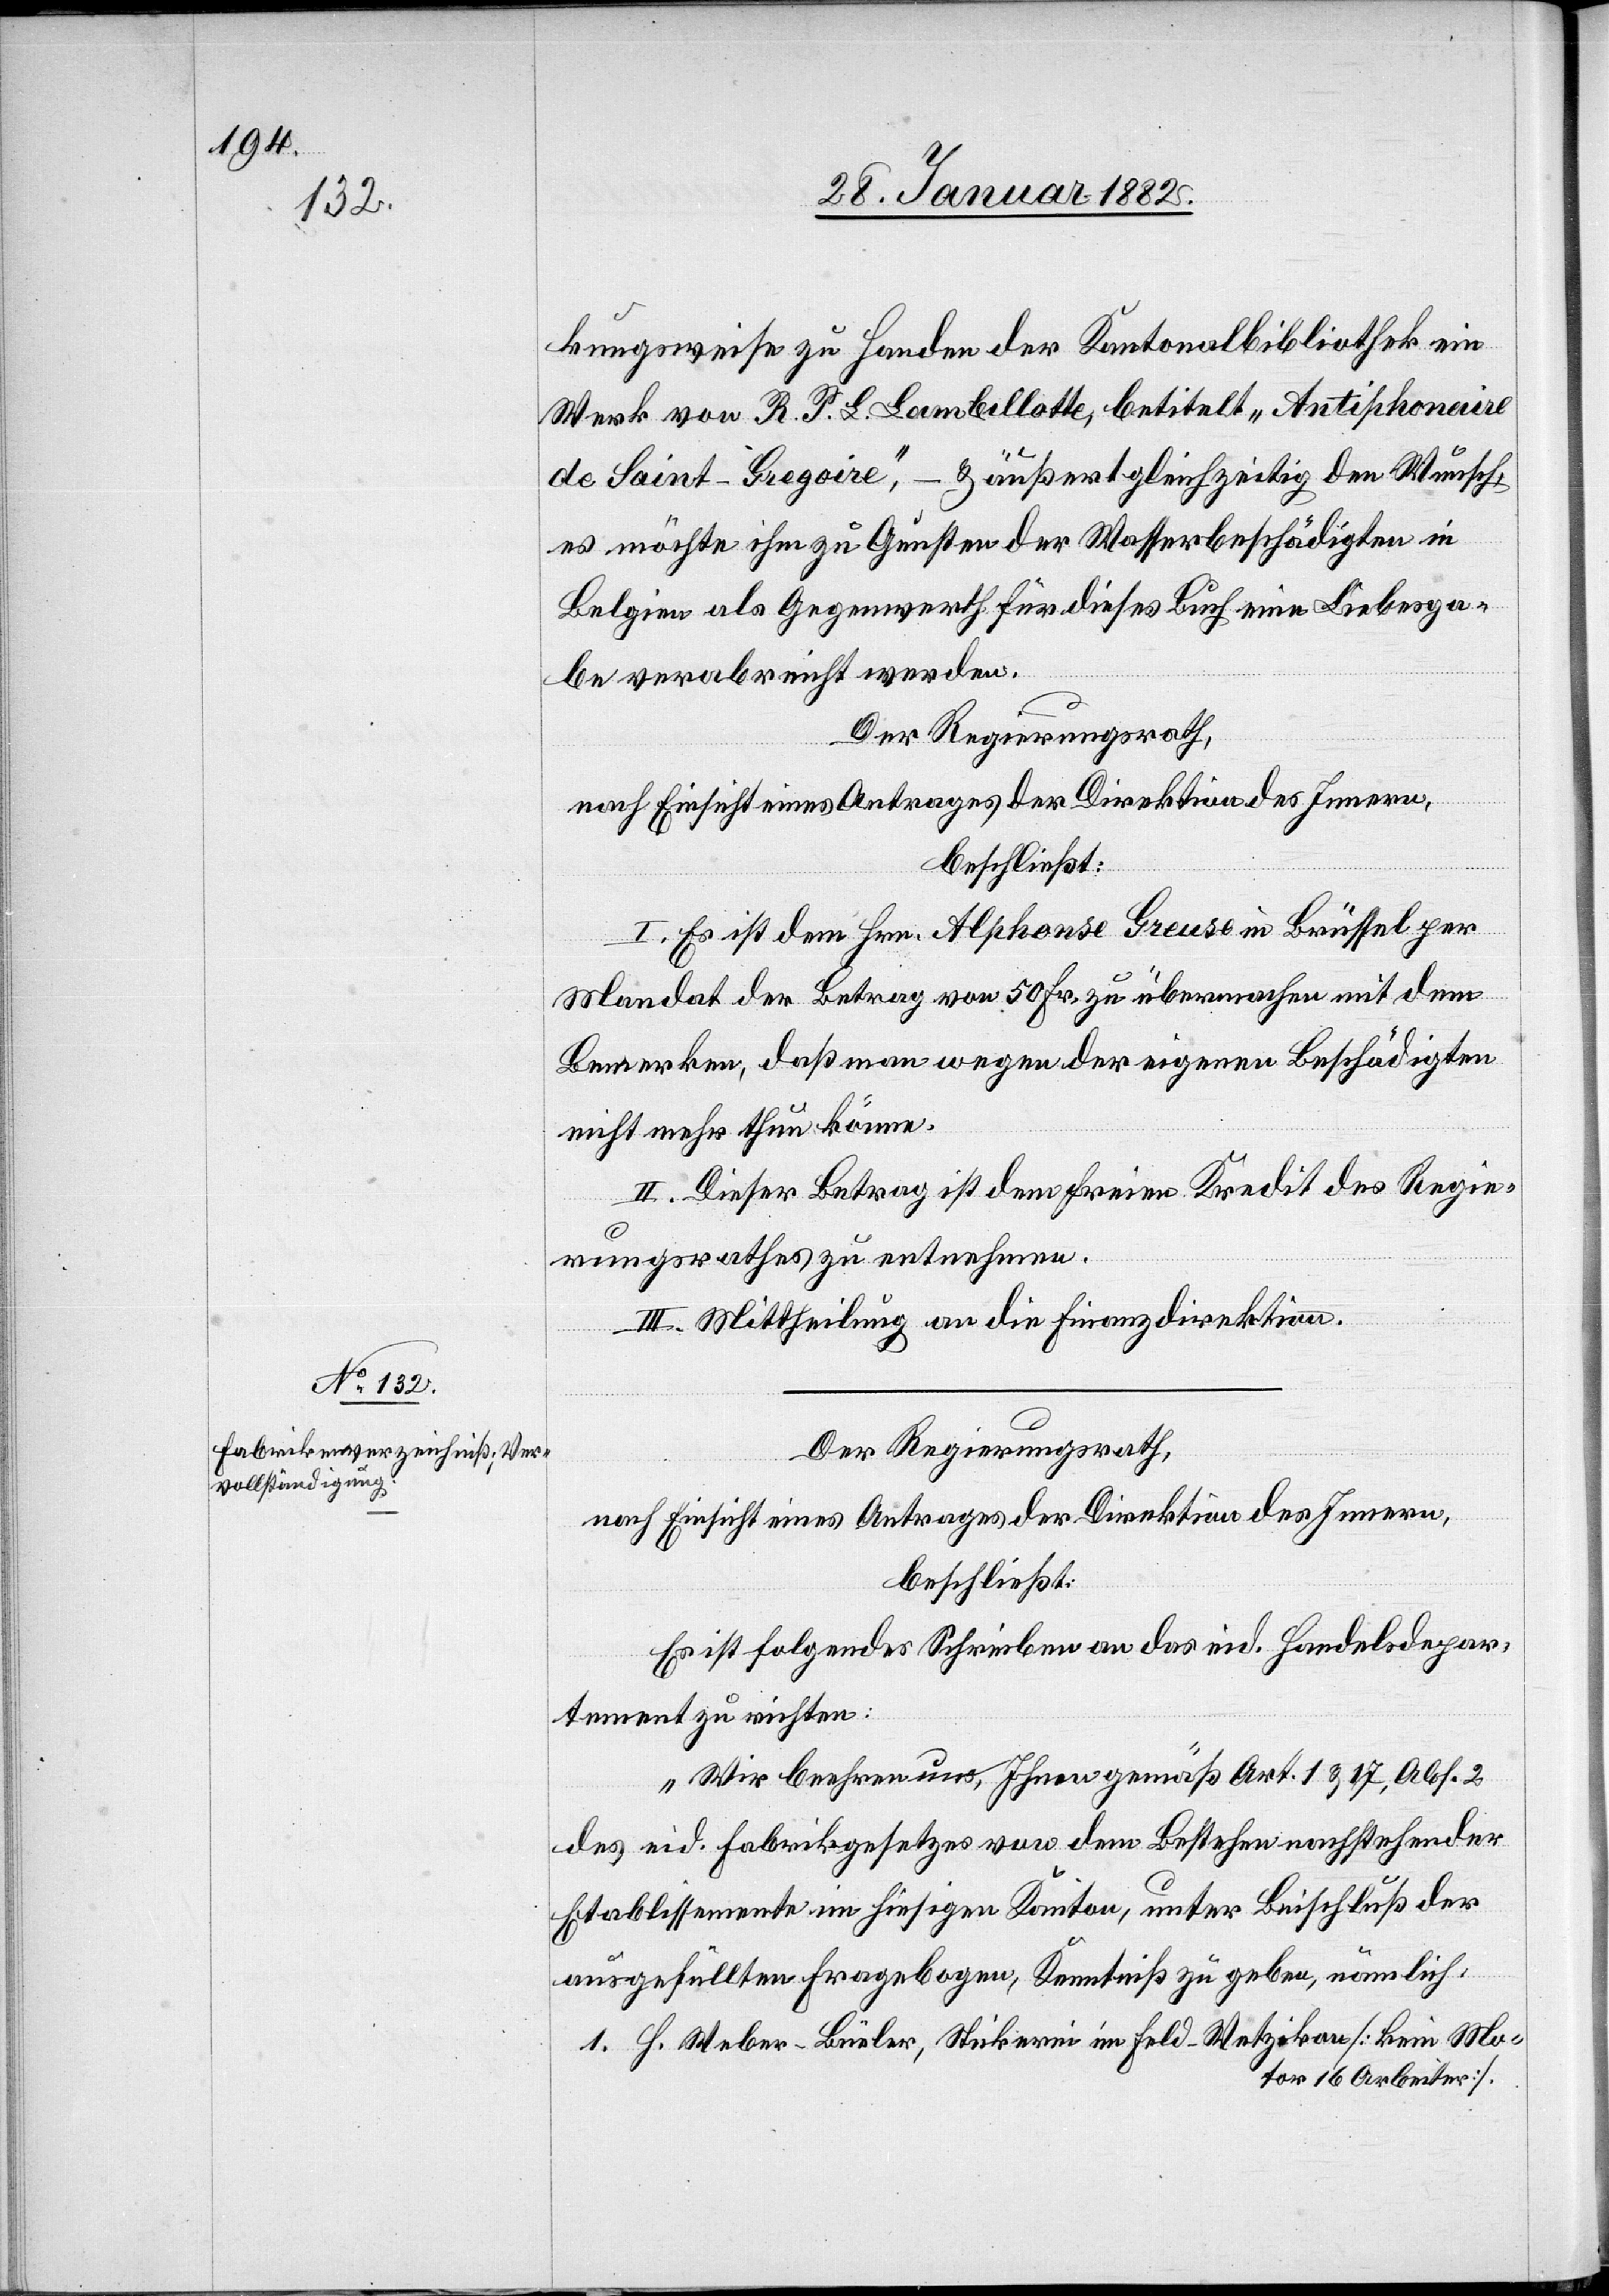
kungsweise zu Handen der Kantonalbibliothek ein
Werk von R. P. L. Lambillotte, betitelt „Antiphonaire
de Saint-Gregoire“, – & äußert gleichzeitig den Wunsch,
es möchte ihm zu Gunsten der Wasserbeschädigten in
Belgien als Gegenwerth für dieses Buch eine Liebesga¬
be verabreicht werden.
Der Regierungsrath,
nach Einsicht eines Antrages der Direktion des Innern,
beschließt:
I. Es ist dem Hrn. Alphonse Greuse in Brüssel per
Mandat der Betrag von 50 Fr. zu übermachen mit dem
Bemerken, daß man wegen der eigenen Beschädigten
nicht mehr thun könne.
II. Dieser Betrag ist dem freien Kredit des Regie¬
rungsrathes zu entnehmen.
II. Mittheilung an die Finanzdirektion.
Der Regierungsrath,
nach Einsicht eines Antrages der Direktion des Innern,
beschließt:
Es ist folgendes Schreiben an das eid. Handelsdepar¬
tement zu richten:
„Wir beehren uns, Ihnen gemäß Art. 1 & 17, Abs. 2
des eid. Fabrikgesetzes von dem Bestehen nachstehender
Etablissemente in hiesigem Kanton unter Beschluß der
ausgefüllten Fragebogen, Kenntniß zu geben, nämlich:
1. H. Weber-Büeler, Stickerei im Feld - Wetzikon [kein Mo¬
tor & 16 Arbeiter].